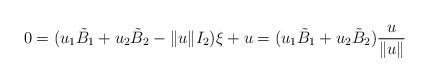
LaTeX: \begin{align*}0 &= (u_1 \tilde{B}_1+u_2 \tilde{B}_2 - \|u\| I_2)\xi + u = (u_1\tilde{B}_1 + u_2\tilde{B}_2) \frac{u}{\|u\|} \end{align*}